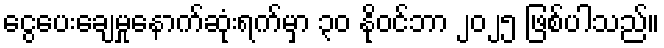
ငွေပေးချေမှုနောက်ဆုံးရက်မှာ ၃၀ နိုဝင်ဘာ ၂၀၂၅ ဖြစ်ပါသည်။